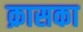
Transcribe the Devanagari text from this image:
क्रासका